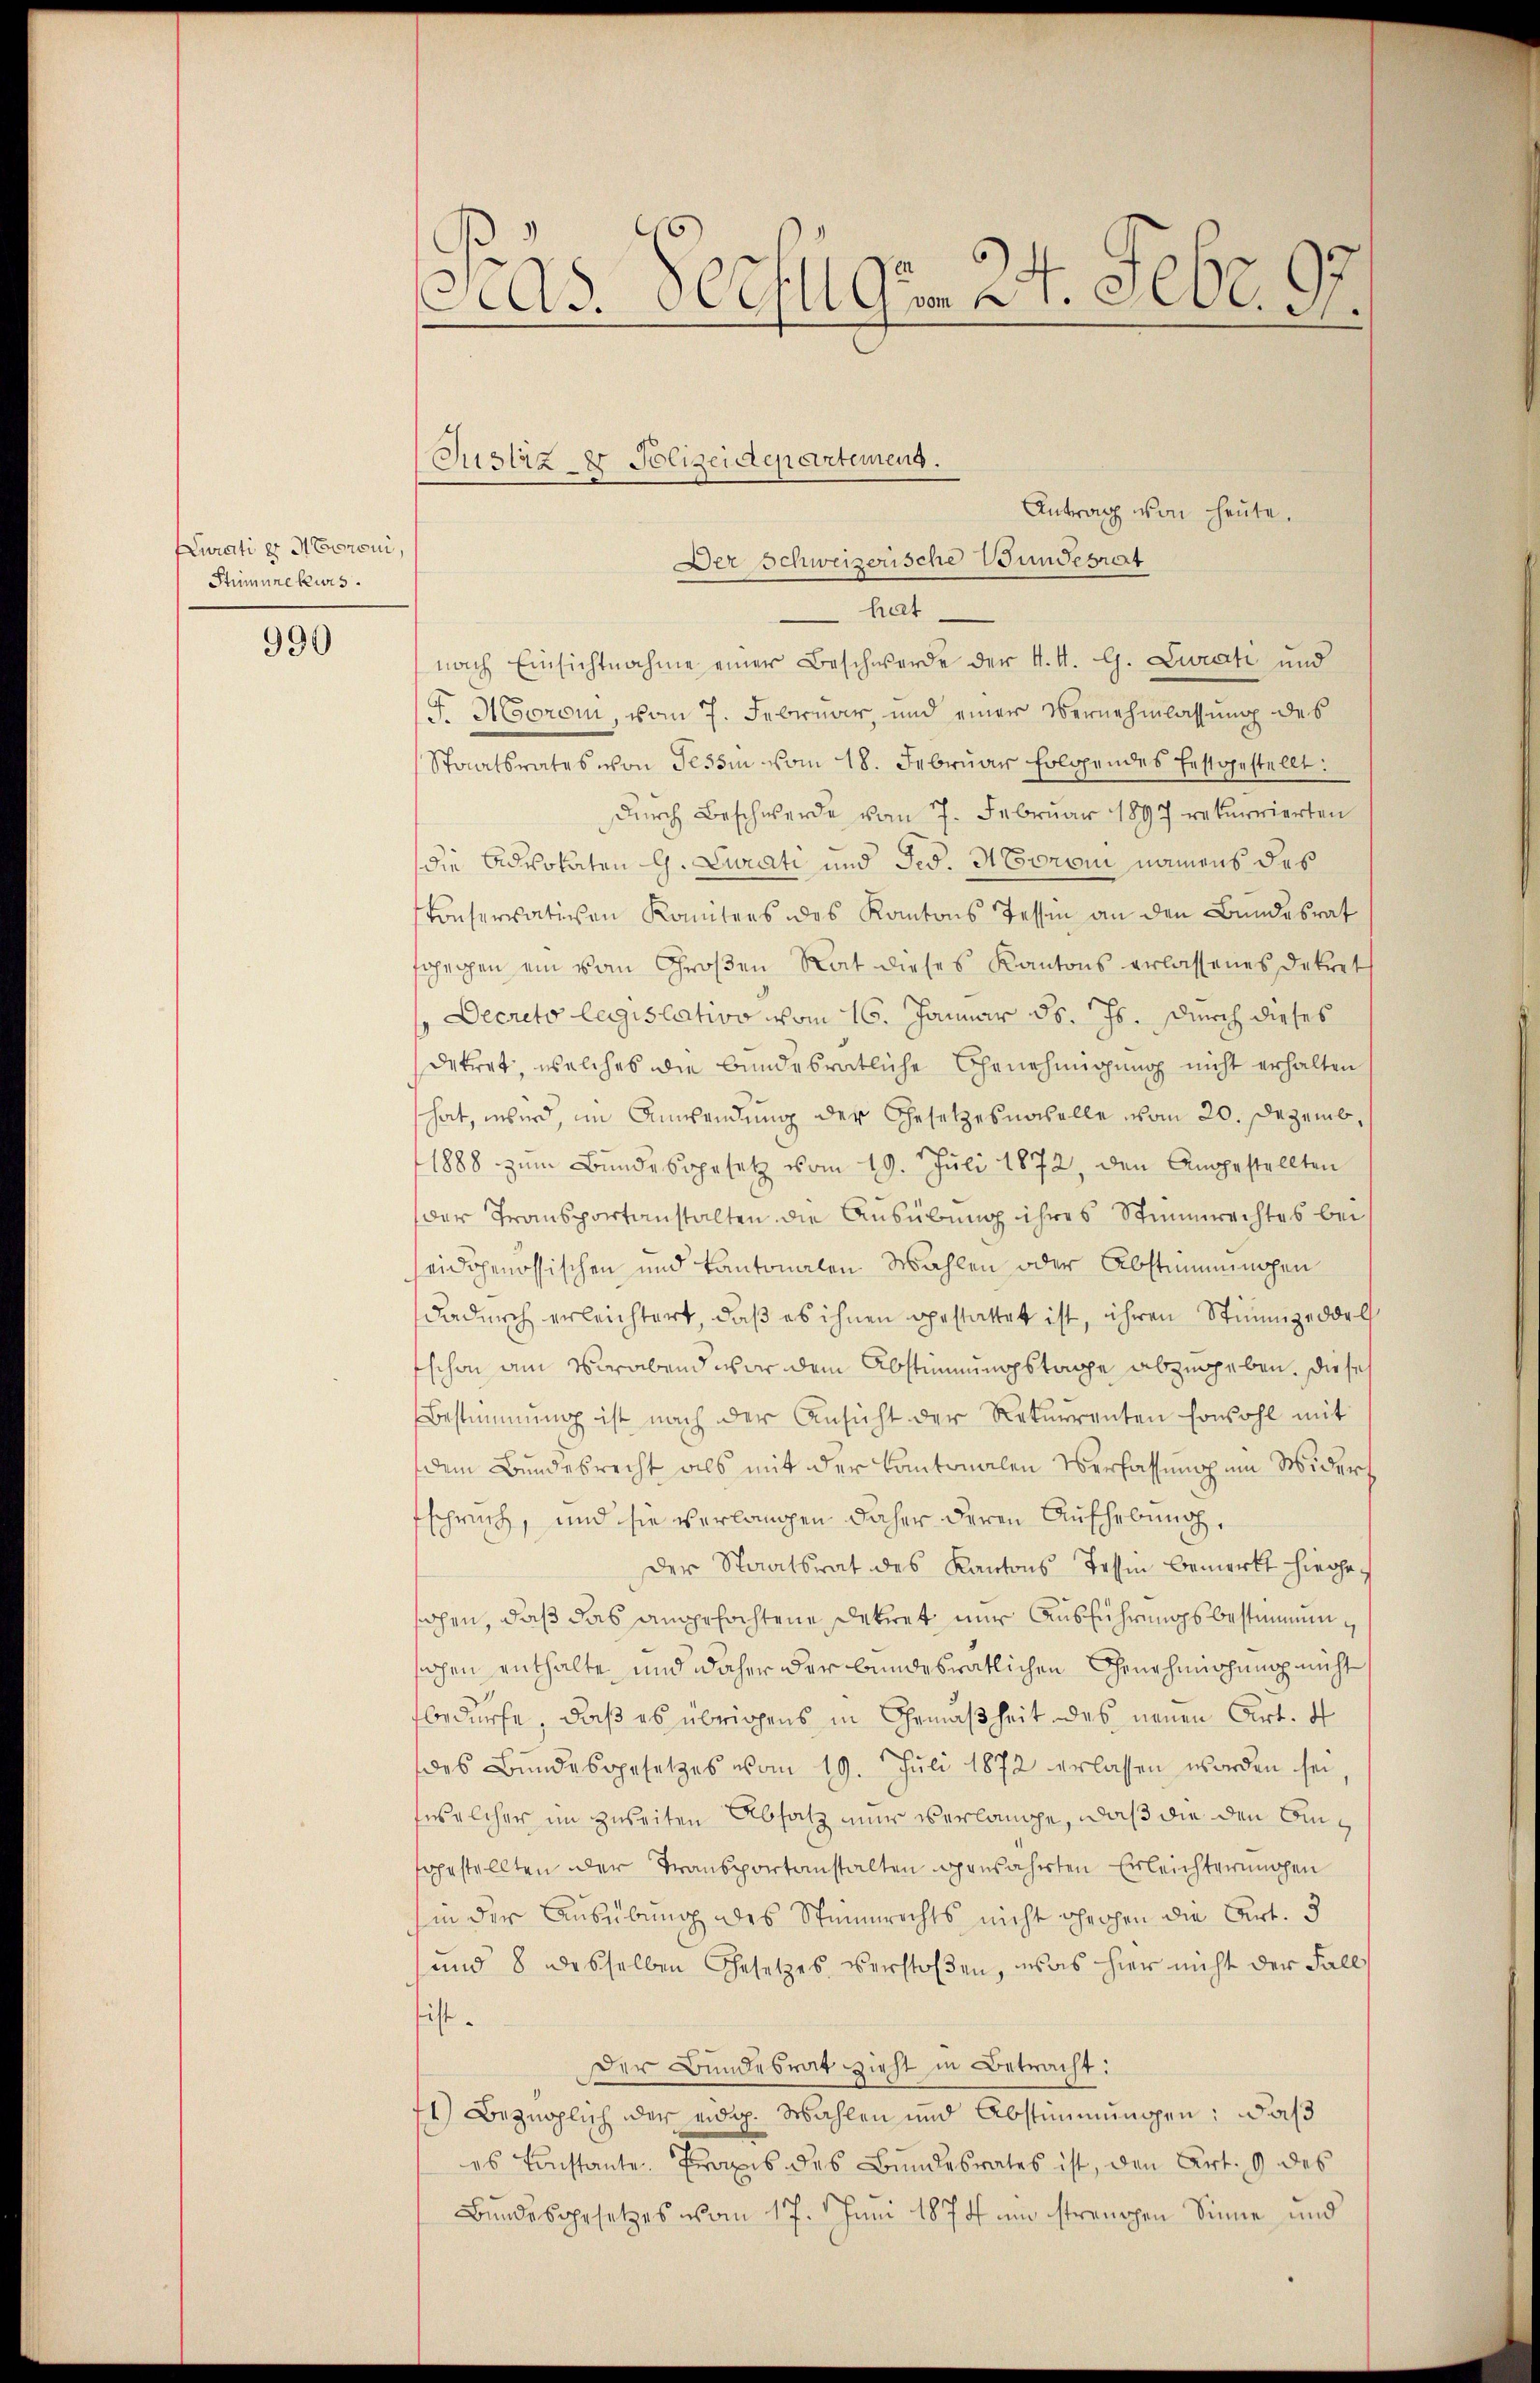
Curati er Noroni,
Stimmrekurs.

990

3
Ad. Welt Gon 21. Febr. 1.

Justiz- & Polizeidepartemens.

Antrag von heute.
Der Schweizerische Wundesrat
hat
nach Einsichtnahme einer Beschwerde der K. A. G. Zurati und
F. Moorom, vom 7. Februar, und einer Vernehmlassung des
Staatsrates von Tessin vom 18. Februar folgendes Erstgestellt:
durch Beschwerde vom 7. Februar 1897 rekurrierten
die Advokaten G. Curati und Jes. Herren namens des
konservativen Kontens des Kantons Tessen an den Bundesrat
sgegen ein vom Großen Rat dieses Kantons erlassenes Dekret
Decreto legislativo vom 16. Januar d. Js. durch dieses
dekret, welches die bundesrätliche Genehmigung nicht erhalten
hat, wird, im Anwendung der Gesetzes nochelle vom 20. Dezemb¬
1888 zŭm Bŭndesgesetz vom 19. Juli 1872, den Angestellten
der Transportanstalten die Ausübung ihres Stimmrechtes bei
seidgenössischen und Kantonalen Wahlen oder Abstimmungen
dadurch erleichtert, daß es ihnen gestattet ist, ihren Stimmzeddel
schon am Vorabend war dem Abstimmungstage abzugeben. Diese
Bestimmung ist nach der Ansicht der Rekurrenten sowohl mit
dem Bundesrecht als mit der Kantonalen Verfassung um Widers
Esprich, und sie verlangen daher deren Aufhebung,
Der Staatsrat des Kantons Tessin bemerkt hiegeschen, daß das angefochtene Dekret nur Ausführungsbestimmunsachen enthalte und daher der bundesrätlichen Genehmigung nicht
fbedürfe, daß es übrigens in Gemäßheit des neuen Art. 4
des Bundesgesetzes vom 19. Juli 1872 erlassen worden sei,
welcher im zweiten Absatz nur verlange, daß die den Binfgestellten der Transportanstalten gensahrten Erleichterungen
in der Ausübung des Steinrichts nicht chechen die Art. 3
und 8 desselben Gesetzes verstoßen, was hier nicht der Fall
hist.
Der Bundesrat zieht in Betracht:
71) Bezüglich der eidg. Wahlen und Abstimmungen: daß
es Constante. Praxis des Bundesrates ist, den Art. 9 des
Bundesgesetzes vom 17. Juni 1874 und streuen Sinne und